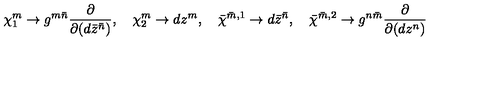
\chi _ { 1 } ^ { m } \to g ^ { m \bar { n } } \frac { \partial } { \partial ( d \bar { z } ^ { \bar { n } } ) } , \quad \chi _ { 2 } ^ { m } \to d z ^ { m } , \quad \bar { \chi } ^ { \bar { m } , 1 } \to d \bar { z } ^ { \bar { n } } , \quad \bar { \chi } ^ { \bar { m } , 2 } \to g ^ { n \bar { m } } \frac { \partial } { \partial ( d z ^ { n } ) }